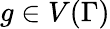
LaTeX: g\in V(\Gamma)